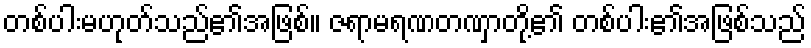
တစ်ပါးမဟုတ်သည်၏အဖြစ်။ ဇရာမရဏတဏှာတို့၏ တစ်ပါး၏အဖြစ်သည်